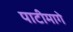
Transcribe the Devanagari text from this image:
पाटीमागे